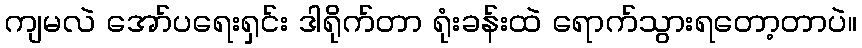
ကျမလဲ အော်ပရေးရှင်း ဒါရိုက်တာ ရုံးခန်းထဲ ရောက်သွားရတော့တာပဲ။